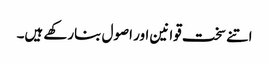
اتنے سخت قوانین اور اصول بنارکھے ہیں۔